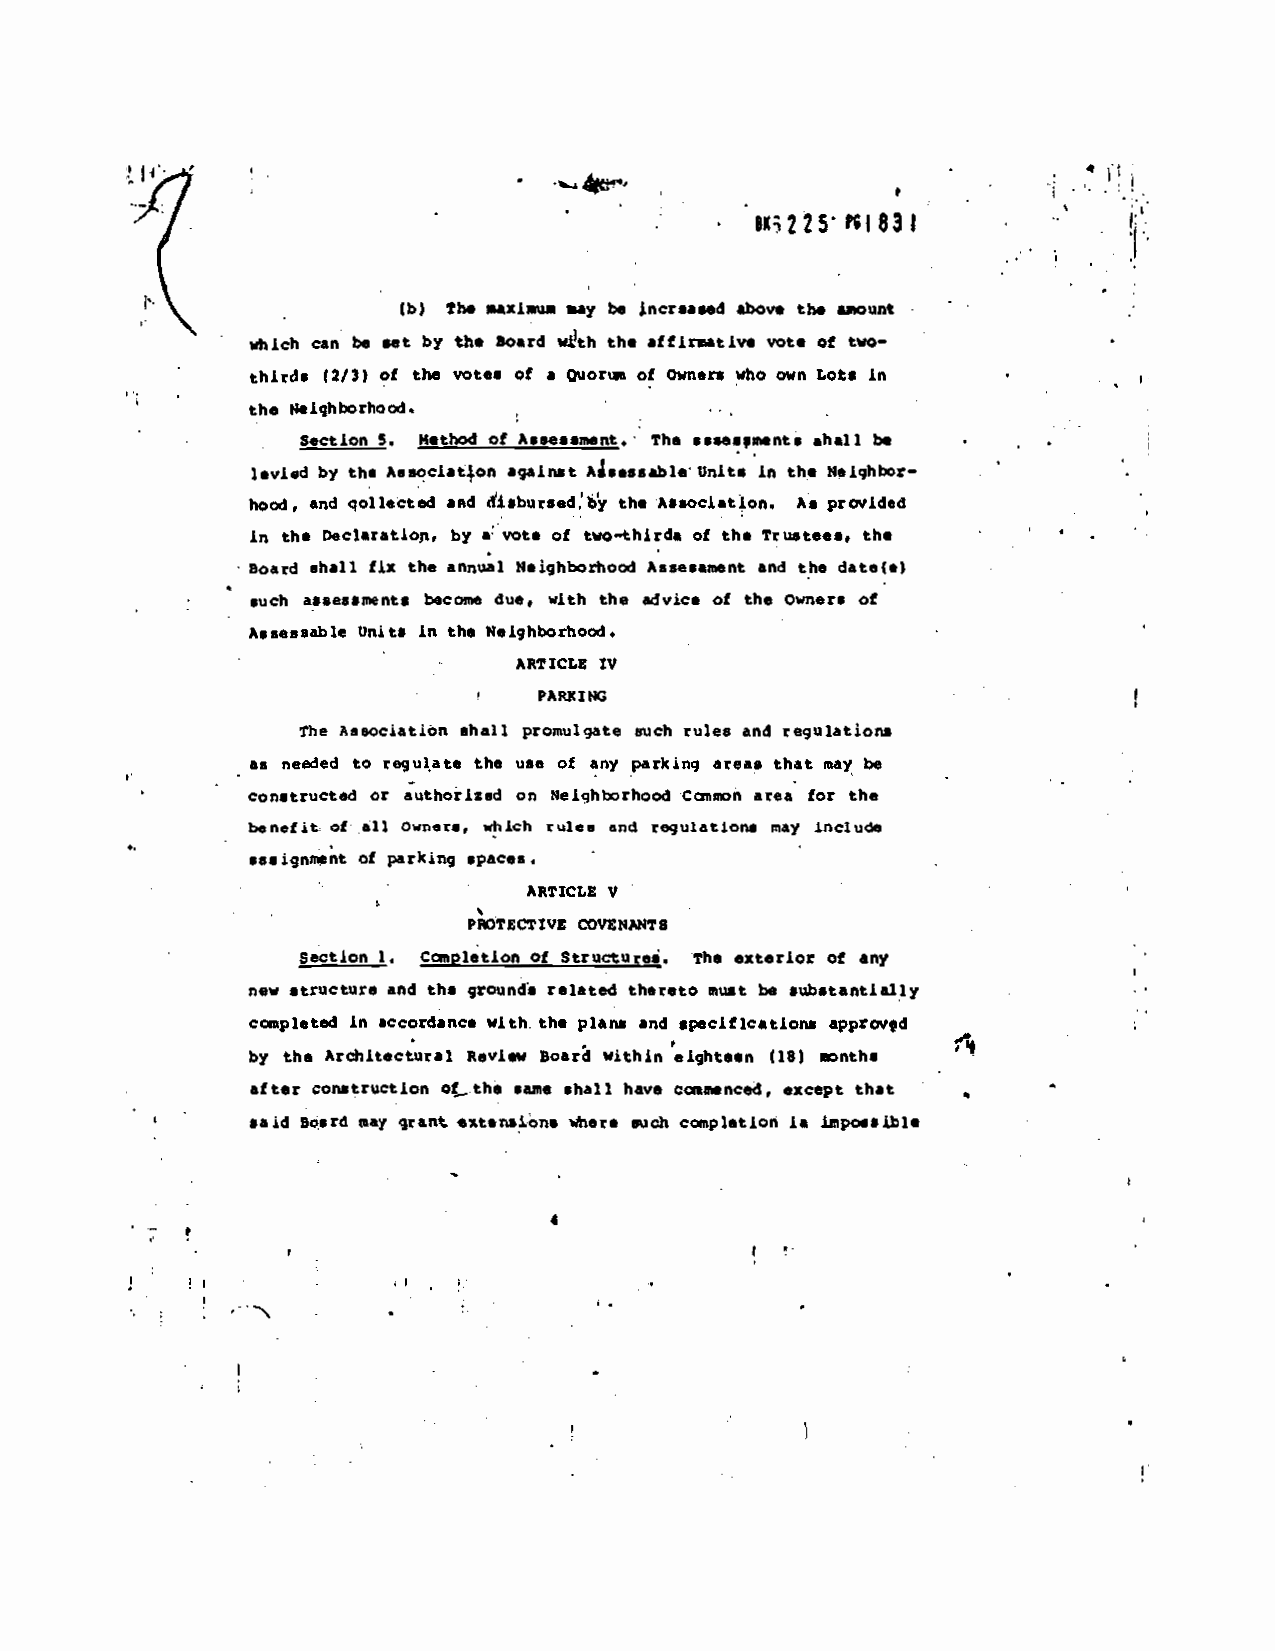
1
 IXi275I83I
 N               Ib) the *niws. a.y be Increased bov. the
 Much can be set by the bard wQth the •ffirativ. vote of two—
 third. (3/3) of the vttt• Of C QIOflit Of Owners who Own Lot. Lit
 p.
 the Neiqhborhood.
 -
 section 5. K•thod of Assessment, The asse.pment. shell be
 levied by the A.sociat4on against IILses.t,l. Units in the Neighbor-
 hood, and qollectod and SSsbursed'by the AssociatIon. As provided
 in the Declaration, by tvote of two—third, of the Trustees, the
 • soard shall fix the annual Neighborhood Assessment and the date(s)
 such assessments become due, with the advice of the Owners of
 -
 Assessable Onits in the Neighborhoød.
 ARTICLg tY
 PARJCItC
 the Association shall promulgate such rules and regulations
 as needed to regulate the use of any parking area, that nay be
 -
 constructed or authoiis.d on Neiqhtcrhood Casnon area for the
 benefit of all Owners, which rules and regulations nay include
 of parking spaces. -
 -
 ARTICLE V
 PTECT1YE COVZNN4TS
 section 1. CanpIotion of Structural, Tb. exterior of any
 hew structur, and the groundi related thereto must be substantially
 completed in accordance with, th, plans and specifications approvgd
 —
 by the Architectural Review Soar within eighteen (151 nths
 after construction o the sai,e .Ini I have casmenced, ucept that
 said Doard may qrant •t.nsiàns tore rjch canpletion is ipo.sthle